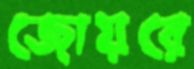
জোয়রে